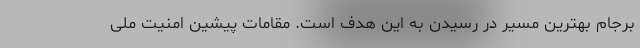
برجام بهترین مسیر در رسیدن به این هدف است. مقامات پیشین امنیت ملی